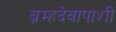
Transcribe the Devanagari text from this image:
ब्रम्हदेवापाशी